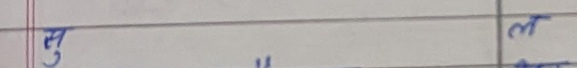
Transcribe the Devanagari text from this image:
सु ल